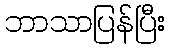
ဘာသာပြန်ပြီး